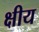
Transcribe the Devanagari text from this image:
क्षीय